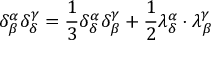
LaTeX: \delta _ { \beta } ^ { \alpha } \delta _ { \delta } ^ { \gamma } = { \frac { 1 } { 3 } } \delta _ { \delta } ^ { \alpha } \delta _ { \beta } ^ { \gamma } + { \frac { 1 } { 2 } } \lambda _ { \delta } ^ { \alpha } \cdot \lambda _ { \beta } ^ { \gamma }